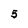
Character: 5